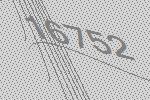
16752